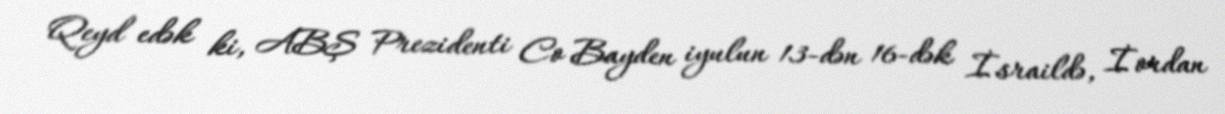
Qeyd edək ki, ABŞ Prezidenti Co Bayden iyulun 13-dən 16-dək İsraildə, İordan